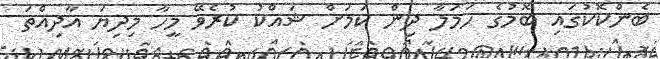
ބެންކޮކުގައި ބޮމުގެ ހަމަލާ ދިން ކަމަށް ޝައްކު ކުރެވޭ މީހާ މިދިޔަ އާދިއްތަ